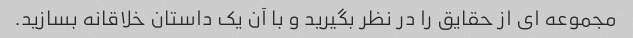
مجموعه ای از حقایق را در نظر بگیرید و با آن یک داستان خلاقانه بسازید.